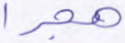
هجرا